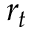
r _ { t }